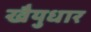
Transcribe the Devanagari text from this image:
खैयुधार